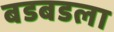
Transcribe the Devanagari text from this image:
बडबडला